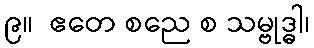
၉။  ဧတေ စညေ စ သမ္ဗုဒ္ဓါ၊